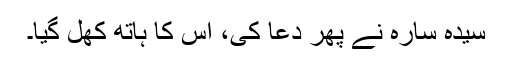
سیدہ سارہ نے پھر دعا کی، اس کا ہاتھ کھل گیا۔